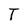
Character: T